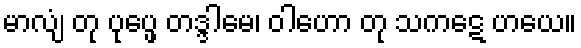
မာလျံ တု ပုပ္ဖေ တဒ္ဒါမေ၊ ဝါဟော တု သကဋေ ဟယေ။